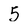
Character: 5